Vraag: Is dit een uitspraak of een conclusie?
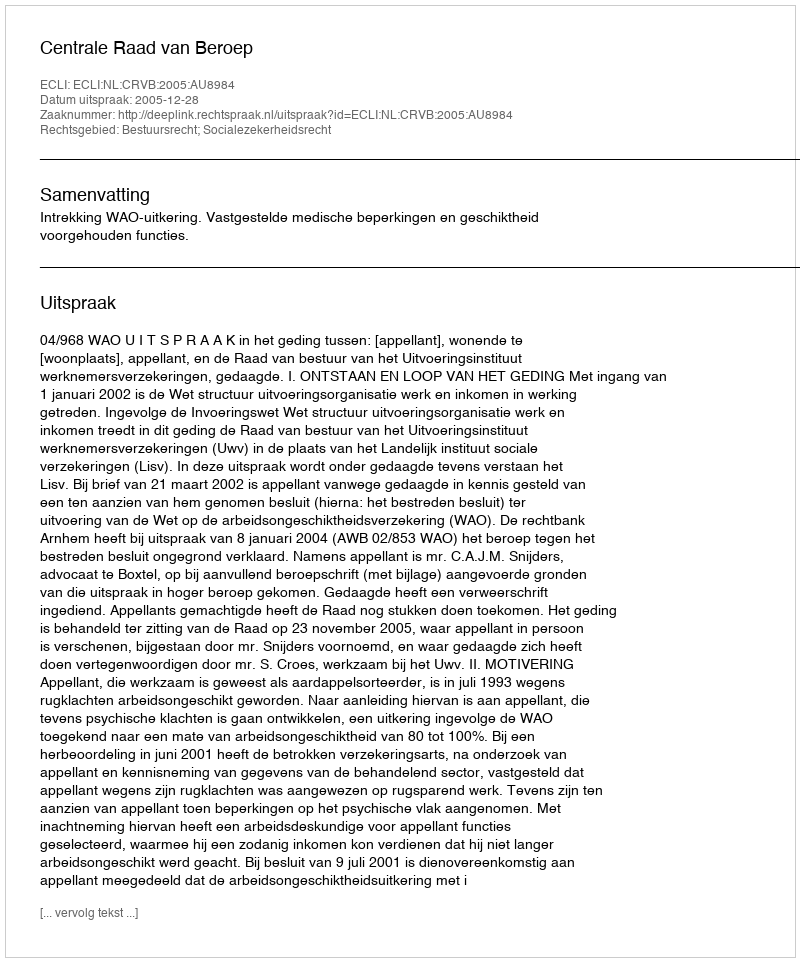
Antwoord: Uitspraak